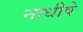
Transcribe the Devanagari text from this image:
नाधीषे